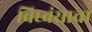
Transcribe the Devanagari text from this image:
विध्वंसाचा